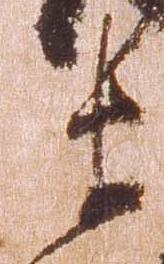
衛